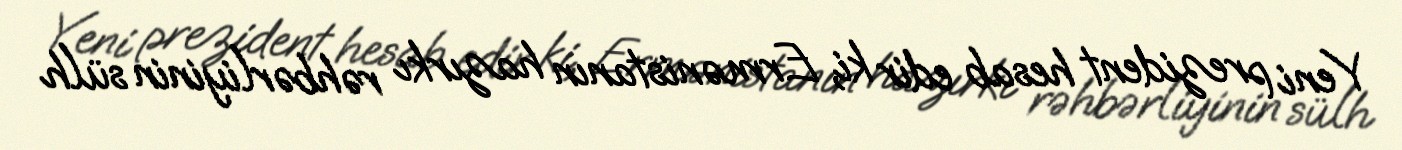
Yeni prezident hesab edir ki, Ermənistanın hazırkı rəhbərliyinin sülh